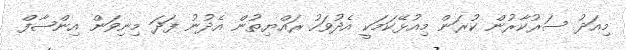
މިއަދު ސަރުކާރުން ކުރަން މިއުޅޭކަމަކީ އެދުވަހު ރައްޔިތުން އެދުނު ފަދަ މިނިވަން އިންޞާފް